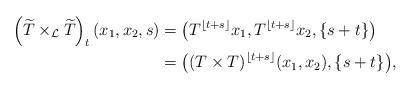
LaTeX: \begin{align*} \left(\widetilde T\times_{\mathcal L}\widetilde T\right)_t(x_1,x_2,s)&= \big(T^{\lfloor t+s\rfloor }x_1,T^{\lfloor t+s\rfloor }x_2,\{s+t\}\big)\\&= \big((T\times T)^{\lfloor t+s\rfloor }(x_1,x_2),\{s+t\}\big),\end{align*}